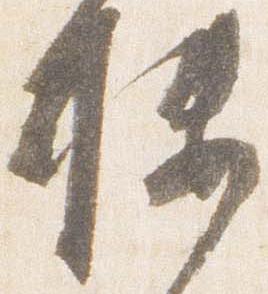
楼